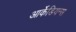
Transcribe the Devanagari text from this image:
आर्केडियन्स